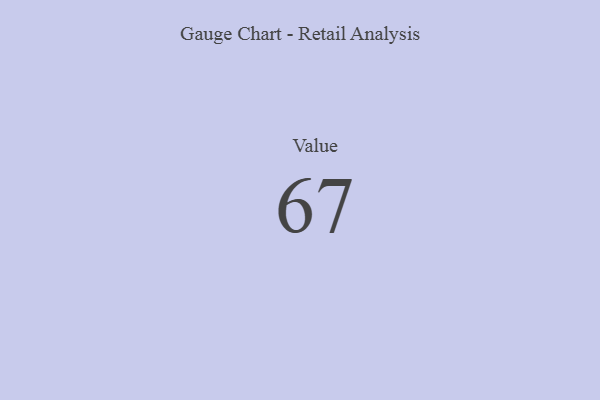
{"axis": {"x": "Metric", "y": "Value"}, "legend": [""], "data": [{"x": "Value", "y": 67, "type": ""}]}